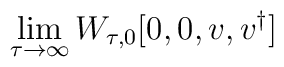
\lim _{\tau \rightarrow \infty }W_{\tau ,0}[0,0,{v},{v}^{\dagger }]